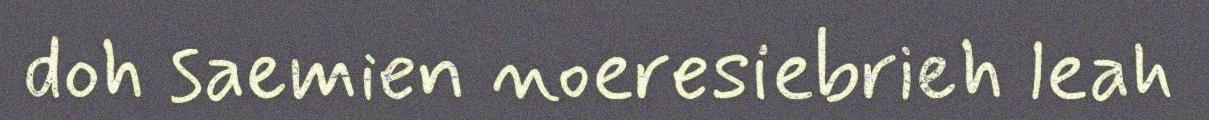
doh saemien noeresiebrieh leah